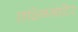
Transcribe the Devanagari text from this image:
लक्ष्मिमंदिर